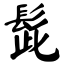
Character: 髭